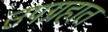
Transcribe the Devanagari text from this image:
उपग्रहात